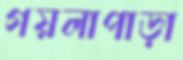
গয়লাপাড়া